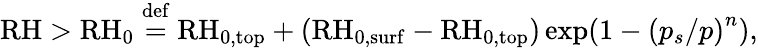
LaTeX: \mathrm{RH}>\mathrm{RH}_{0}\stackrel{\mathrm{def}}{=}\mathrm{RH}_{\mathrm{0,top}}+(\mathrm{RH}_{\mathrm{0,surf}}-\mathrm{RH}_{\mathrm{0,top}})\exp(1-\left(p_{s}/p\right)^{n}),